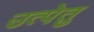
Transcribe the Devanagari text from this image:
उत्पेतु